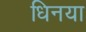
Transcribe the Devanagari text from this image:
धिनया